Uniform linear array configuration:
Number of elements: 12
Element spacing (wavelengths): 0.25
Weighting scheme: hann
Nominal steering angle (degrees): -60
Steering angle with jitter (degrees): -60.912
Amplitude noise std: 0.05
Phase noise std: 0.05

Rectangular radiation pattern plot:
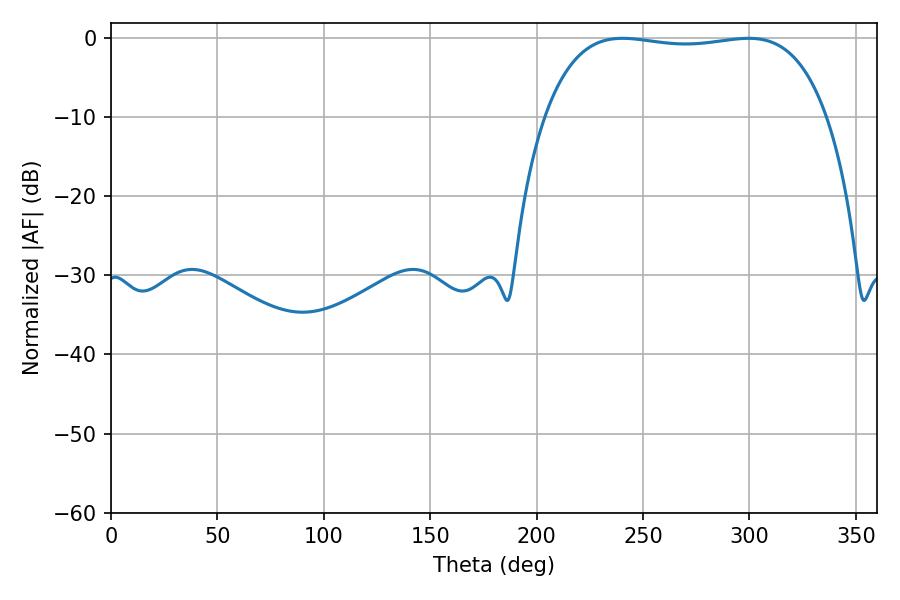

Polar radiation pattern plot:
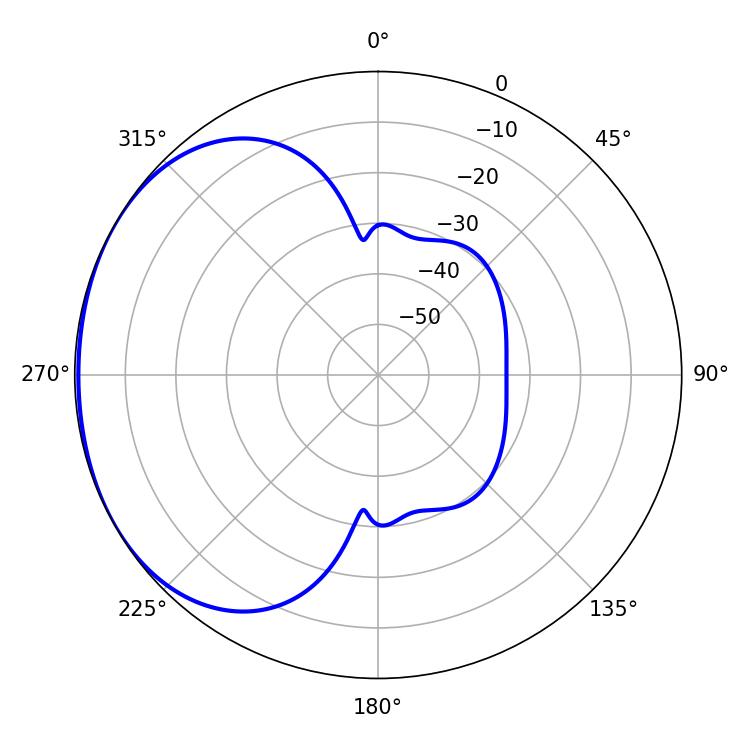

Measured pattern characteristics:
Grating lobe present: FALSE
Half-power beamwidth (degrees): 105.48
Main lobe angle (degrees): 240.3